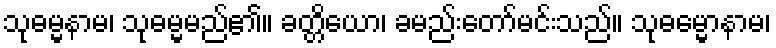
သုဓမ္မနာမ၊ သုဓမ္မမည်၏။ ခတ္တိယော၊ ခမည်းတော်မင်းသည်။ သုဓမ္မောနာမ၊